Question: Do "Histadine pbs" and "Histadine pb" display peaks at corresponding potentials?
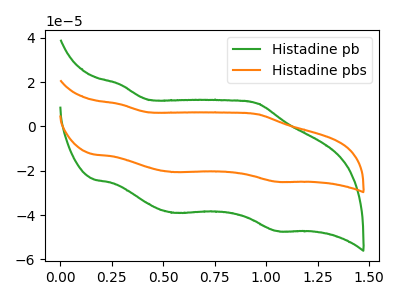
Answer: <think>The green curve "Histadine pb" has anodic peaks at (0.30V, 18.90uA) (0.95V, 10.30uA) and cathodic peaks at (0.55V, -38.95uA) (1.05V, -47.15uA). The orange curve "Histadine pbs" has anodic peaks at (0.30V, 10.00uA) (0.95V, 5.45uA) and cathodic peaks at (0.55V, -20.60uA) (1.05V, -24.95uA).</think>
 <answer>Yes, "Histadine pbs" have a peak in "Histadine pb" at the same potential.</answer>
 <eval>match</eval>